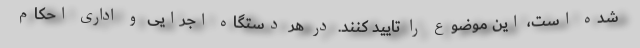
شده است، این موضوع را تایید کنند. در هر دستگاه اجرایی و اداری احکام